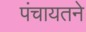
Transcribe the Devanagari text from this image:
पंचायतने